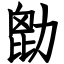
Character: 㔡